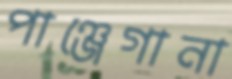
পাঞ্জেগানা